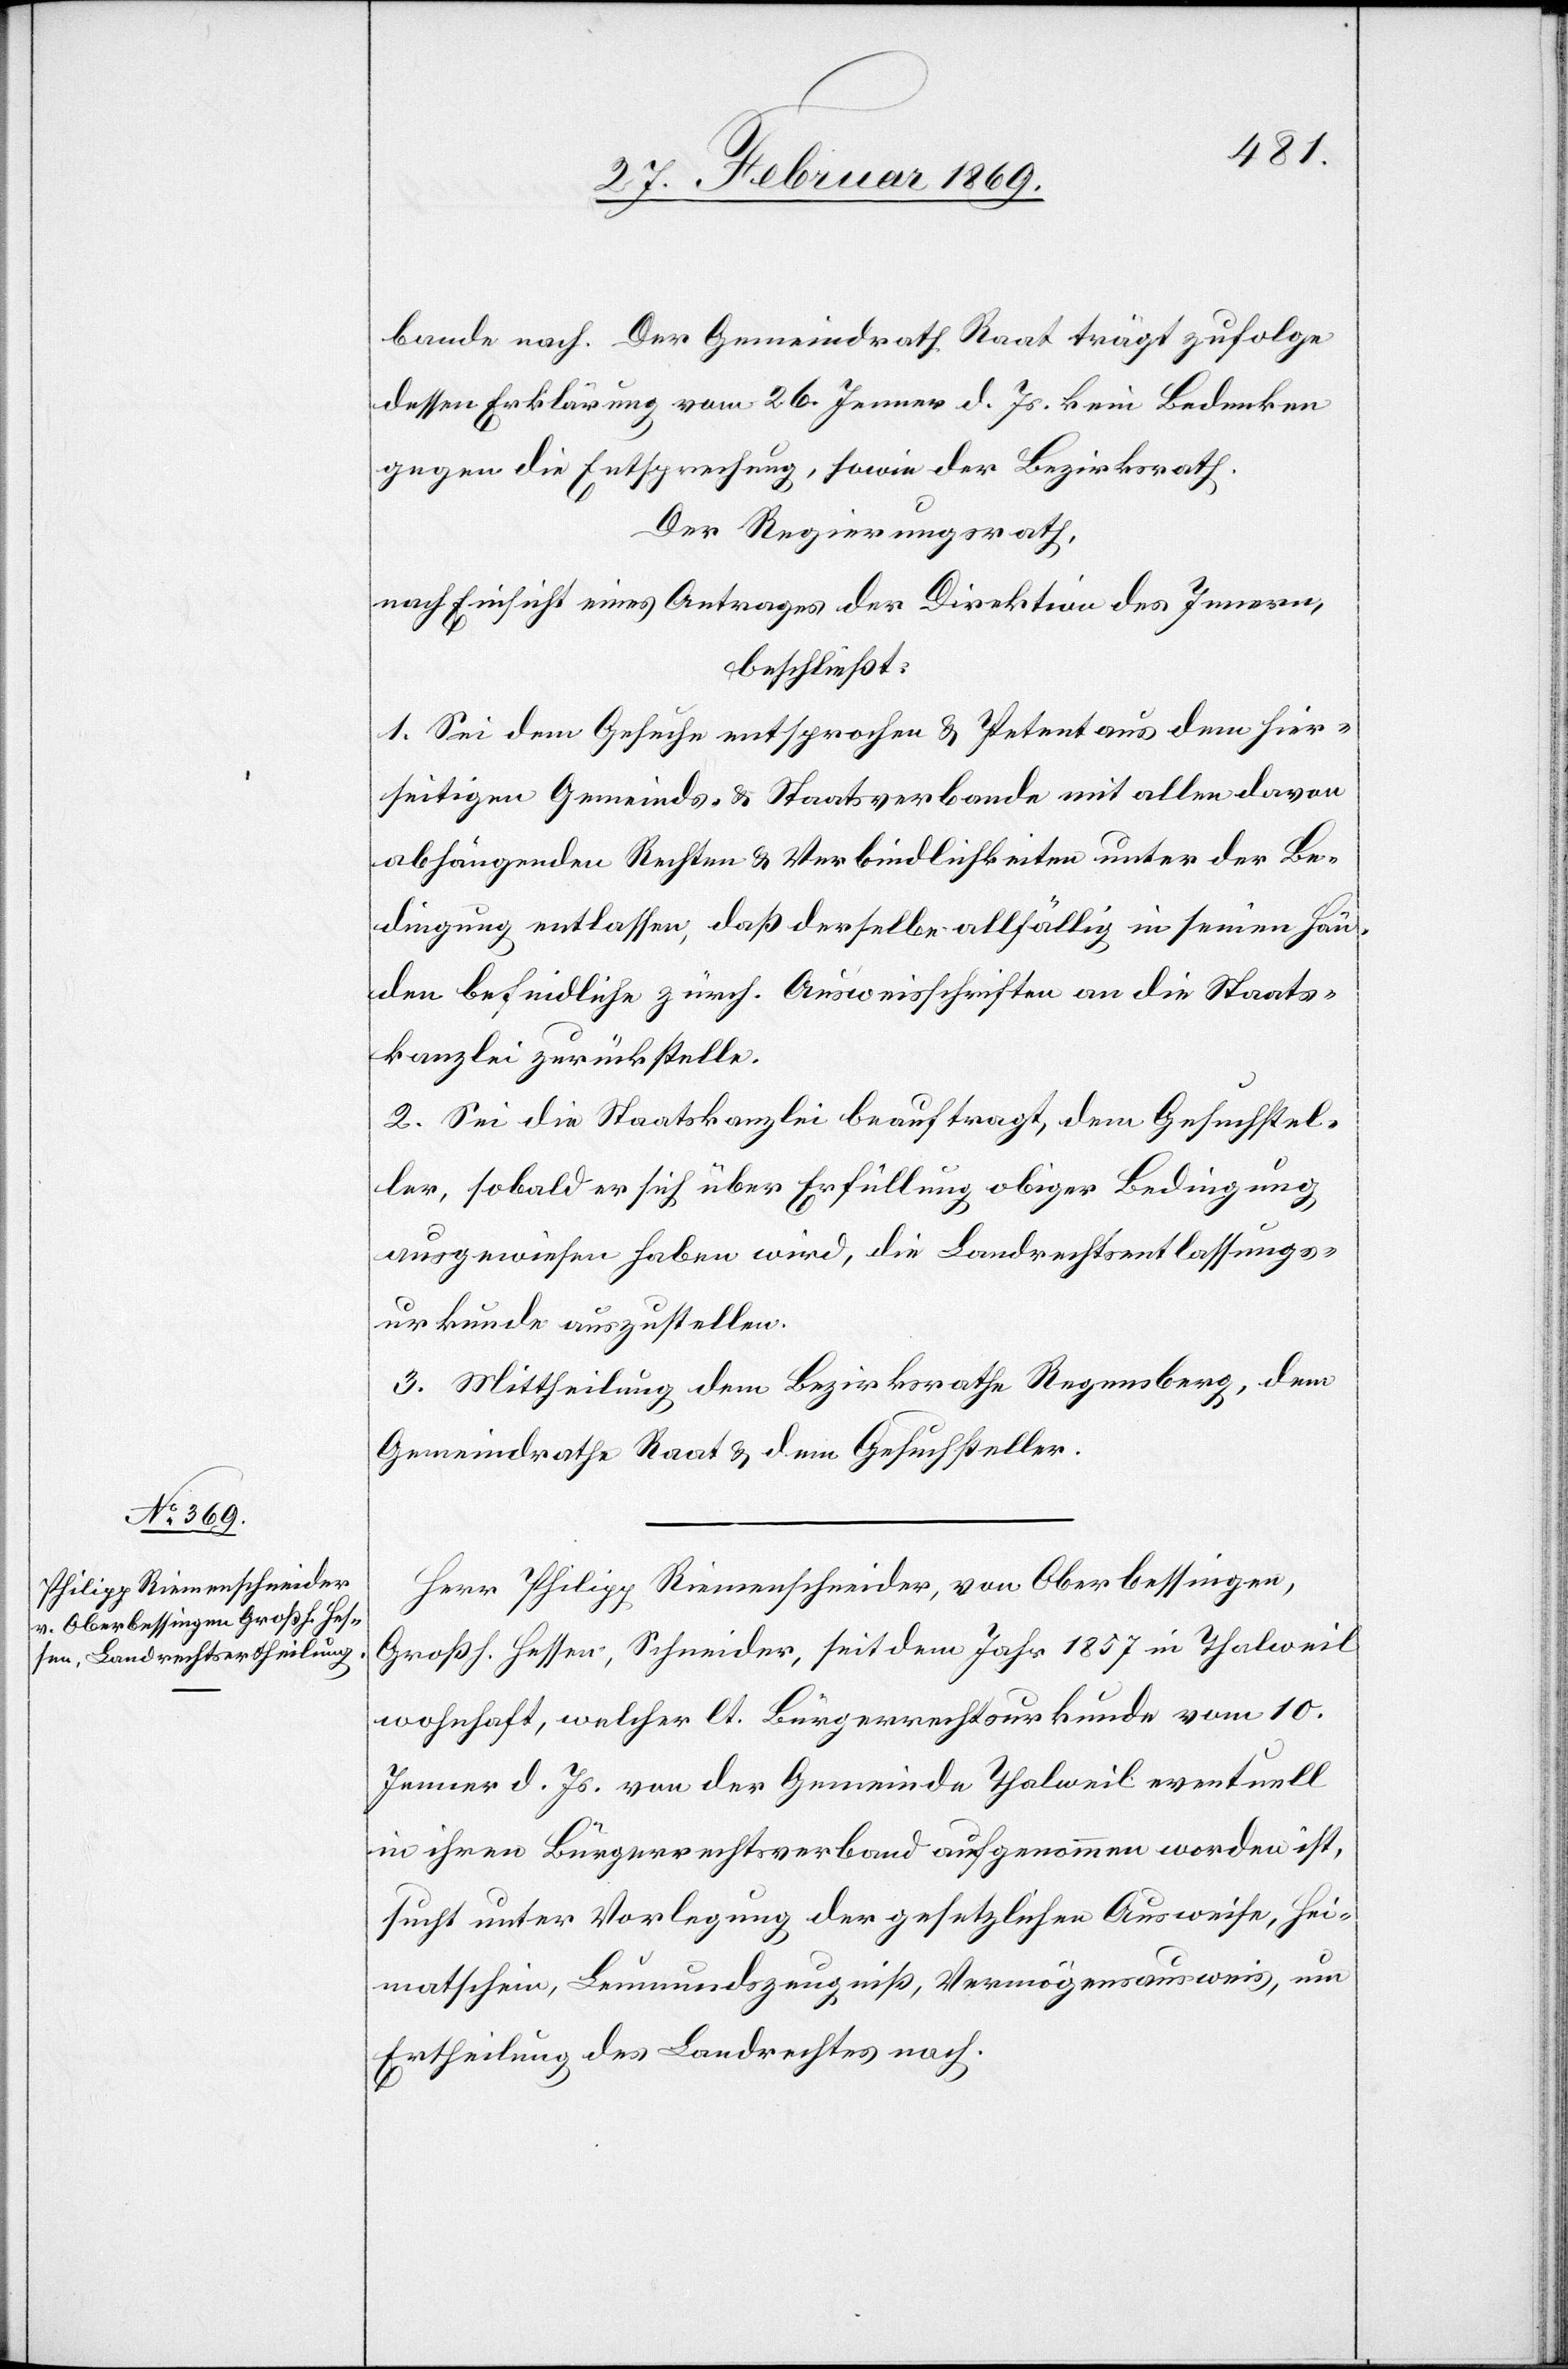
verbande nach. Der Gemeindrath Raat trägt zufolge
dessen Erklärung vom 26. Jenner d. Js. kein Bedenken
gegen die Entsprechung, sowie der Bezirksrath.
Der Regierungsrath,
nach Einsicht eines Antrages der Direktion des Innern,
beschließt:
1. Sei dem Gesuche entsprochen, & Petent aus dem hier¬
seitigen Gemeinds- & Staatsverbande mit allen davon
abhängenden Rechten & Verbindlichkeiten unter der Be¬
dingung entlassen, daß derselbe allfällig in seinen Hän¬
den befindliche zürch. Ausweisschriften an die Staats¬
kanzlei zurückstelle.
2. Sei die Staatskanzlei beauftragt, dem Gesuchstel¬
ler, sobald er sich über Erfüllung obiger Bedingung
ausgewiesen haben wird, die Landrechtsentlassung
3. Mittheilung dem Bezirksrathe Regensberg, dem
Gemeindrathe Raat & dem Gesuchsteller.
Herr Philipp Riemenschneider, von Oberbessingen,
Großh. Hessen, Schneider, seit dem Jahr 1857 in Thalweil
wohnhaft, welcher lt. Bürgerrechtsurkunde vom 10.
Jenner d. Js. von der Gemeinde Thalweil eventuell
in ihren Bürgerrechtsverband aufgenommen worden ist,
sucht unter Vorlegung der gesetzlichen Ausweise, Hei¬
matschein, Leumundszeugniß, Vermögensausweis, um
Ertheilung des Landrechtes nach.